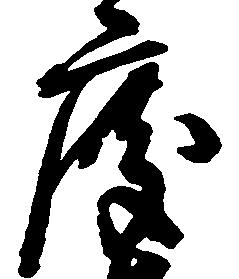
度